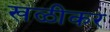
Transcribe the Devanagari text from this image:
खळीकर